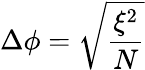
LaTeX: \Delta\phi=\sqrt{\frac{\xi^{2}}{N}}